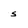
Character: s